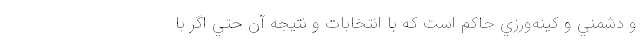
و دشمني و كينه‌ورزي حاكم است كه با انتخابات و نتيجه آن حتي اگر با